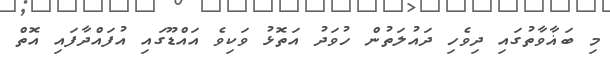
މި ބަޣާވާތުގައި ދިވެހި ދައުލަތުން ހުވަދު އަތޮޅު ވަކިވެ އައްޑޫގައި އުފައްދާފައި އޮތް